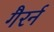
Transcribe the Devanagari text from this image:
गैरर्न